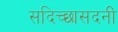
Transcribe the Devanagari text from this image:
सदिच्छासदनीं